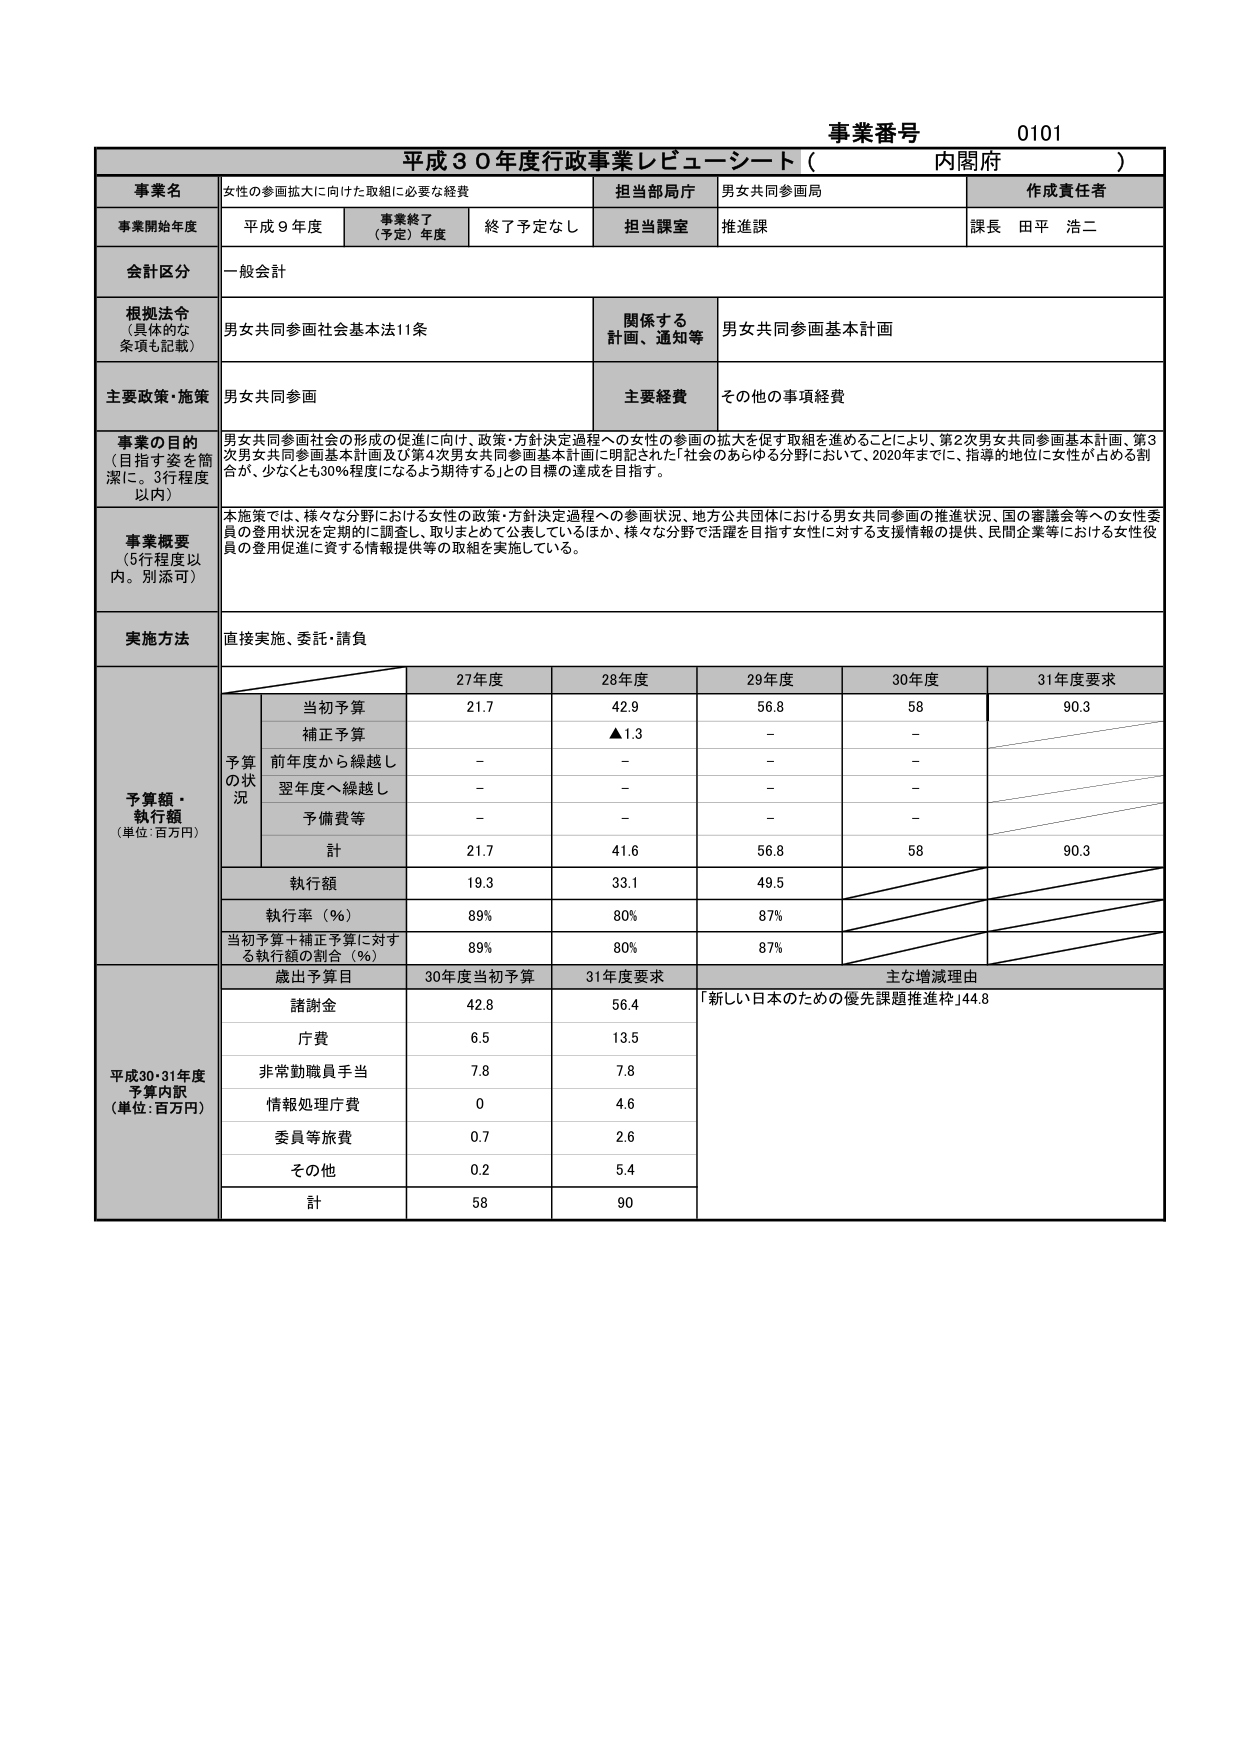
事業番号 0101
平成30年度行政事業レビューシート（内閣府）

事業名 女性の参画拡大に向けた取組に必要な経費
担当部局庁 男女共同参画局
作成責任者 課長 田平 浩二

事業開始年度 平成9年度
事業終了（予定）年度 終了予定なし
担当課室 推進課

会計区分 一般会計

根拠法令（具体的な条項も記載） 男女共同参画社会基本法11条
関係する計画、通知等 男女共同参画基本計画

主要政策・施策 男女共同参画
主要経費 その他の事項経費

事業の目的（目指す姿を簡潔に。3行程度以内）
男女共同参画社会の形成の促進に向け、政策・方針決定過程への女性の参画の拡大を促す取組を進めることにより、第2次男女共同参画基本計画、第3次男女共同参画基本計画及び第4次男女共同参画基本計画に明記された「社会のあらゆる分野において、2020年までに、指導的地位に女性が占める割合が、少なくとも30％程度になるよう期待する」との目標の達成を目指す。

事業概要（5行程度以内。別添可）
本施策では、様々な分野における女性の政策・方針決定過程への参画状況、地方公共団体における男女共同参画の推進状況、国の審議会等への女性委員の登用状況を定期的に調査し、取りまとめて公表しているほか、様々な分野で活躍を目指す女性に対する支援情報の提供、民間企業等における女性役員の登用促進に資する情報提供等の取組を実施している。

実施方法 直接実施、委託・請負

予算額・執行額（単位：百万円）
予算の状況
27年度 28年度 29年度 30年度 31年度要求
当初予算 21.7 42.9 56.8 58 90.3
補正予算 ▲1.3 - -
前年度から繰越し - - - -
翌年度へ繰越し - - - -
予備費等 - - - -
計 21.7 41.6 56.8 58 90.3
執行額 19.3 33.1 49.5
執行率（％） 89% 80% 87%
当初予算＋補正予算に対する執行額の割合（％） 89% 80% 87%

平成30・31年度予算内訳（単位：百万円）
歳出予算目 30年度当初予算 31年度要求 主な増減理由
諸謝金 42.8 56.4 「新しい日本のための優先課題推進枠」44.8
庁費 6.5 13.5
非常勤職員手当 7.8 7.8
情報処理庁費 0 4.6
委員等旅費 0.7 2.6
その他 0.2 5.4
計 58 90